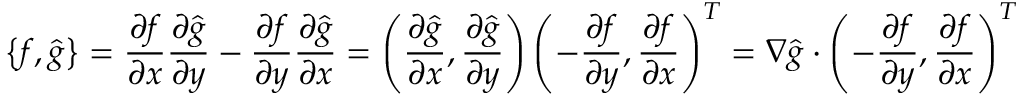
\left\{ f , \hat { g } \right\} = \frac { \partial f } { \partial x } \frac { \partial \hat { g } } { \partial y } - \frac { \partial f } { \partial y } \frac { \partial \hat { g } } { \partial x } = \left( \frac { \partial \hat { g } } { \partial x } , \frac { \partial \hat { g } } { \partial y } \right) \left( - \frac { \partial f } { \partial y } , \frac { \partial f } { \partial x } \right) ^ { T } = \nabla \hat { g } \cdot \left( - \frac { \partial f } { \partial y } , \frac { \partial f } { \partial x } \right) ^ { T }